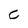
Character: c